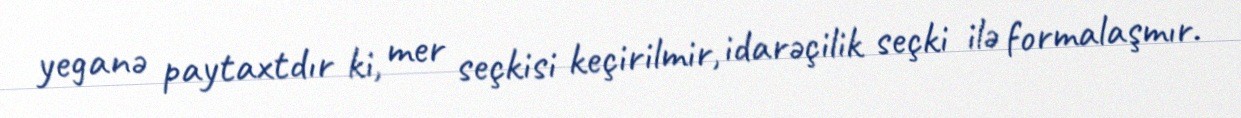
yeganə paytaxtdır ki, mer seçkisi keçirilmir, idarəçilik seçki ilə formalaşmır.